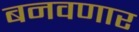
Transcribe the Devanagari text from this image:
बनवणार